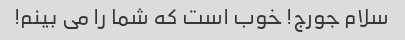
سلام جورج! خوب است که شما را می بینم!